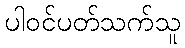
ပါဝင်ပတ်သက်သူ